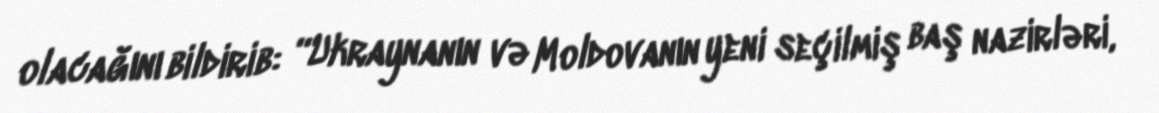
olacağını bildirib: “Ukraynanın və Moldovanın yeni seçilmiş baş nazirləri,